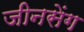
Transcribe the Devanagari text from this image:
जीनसेंग